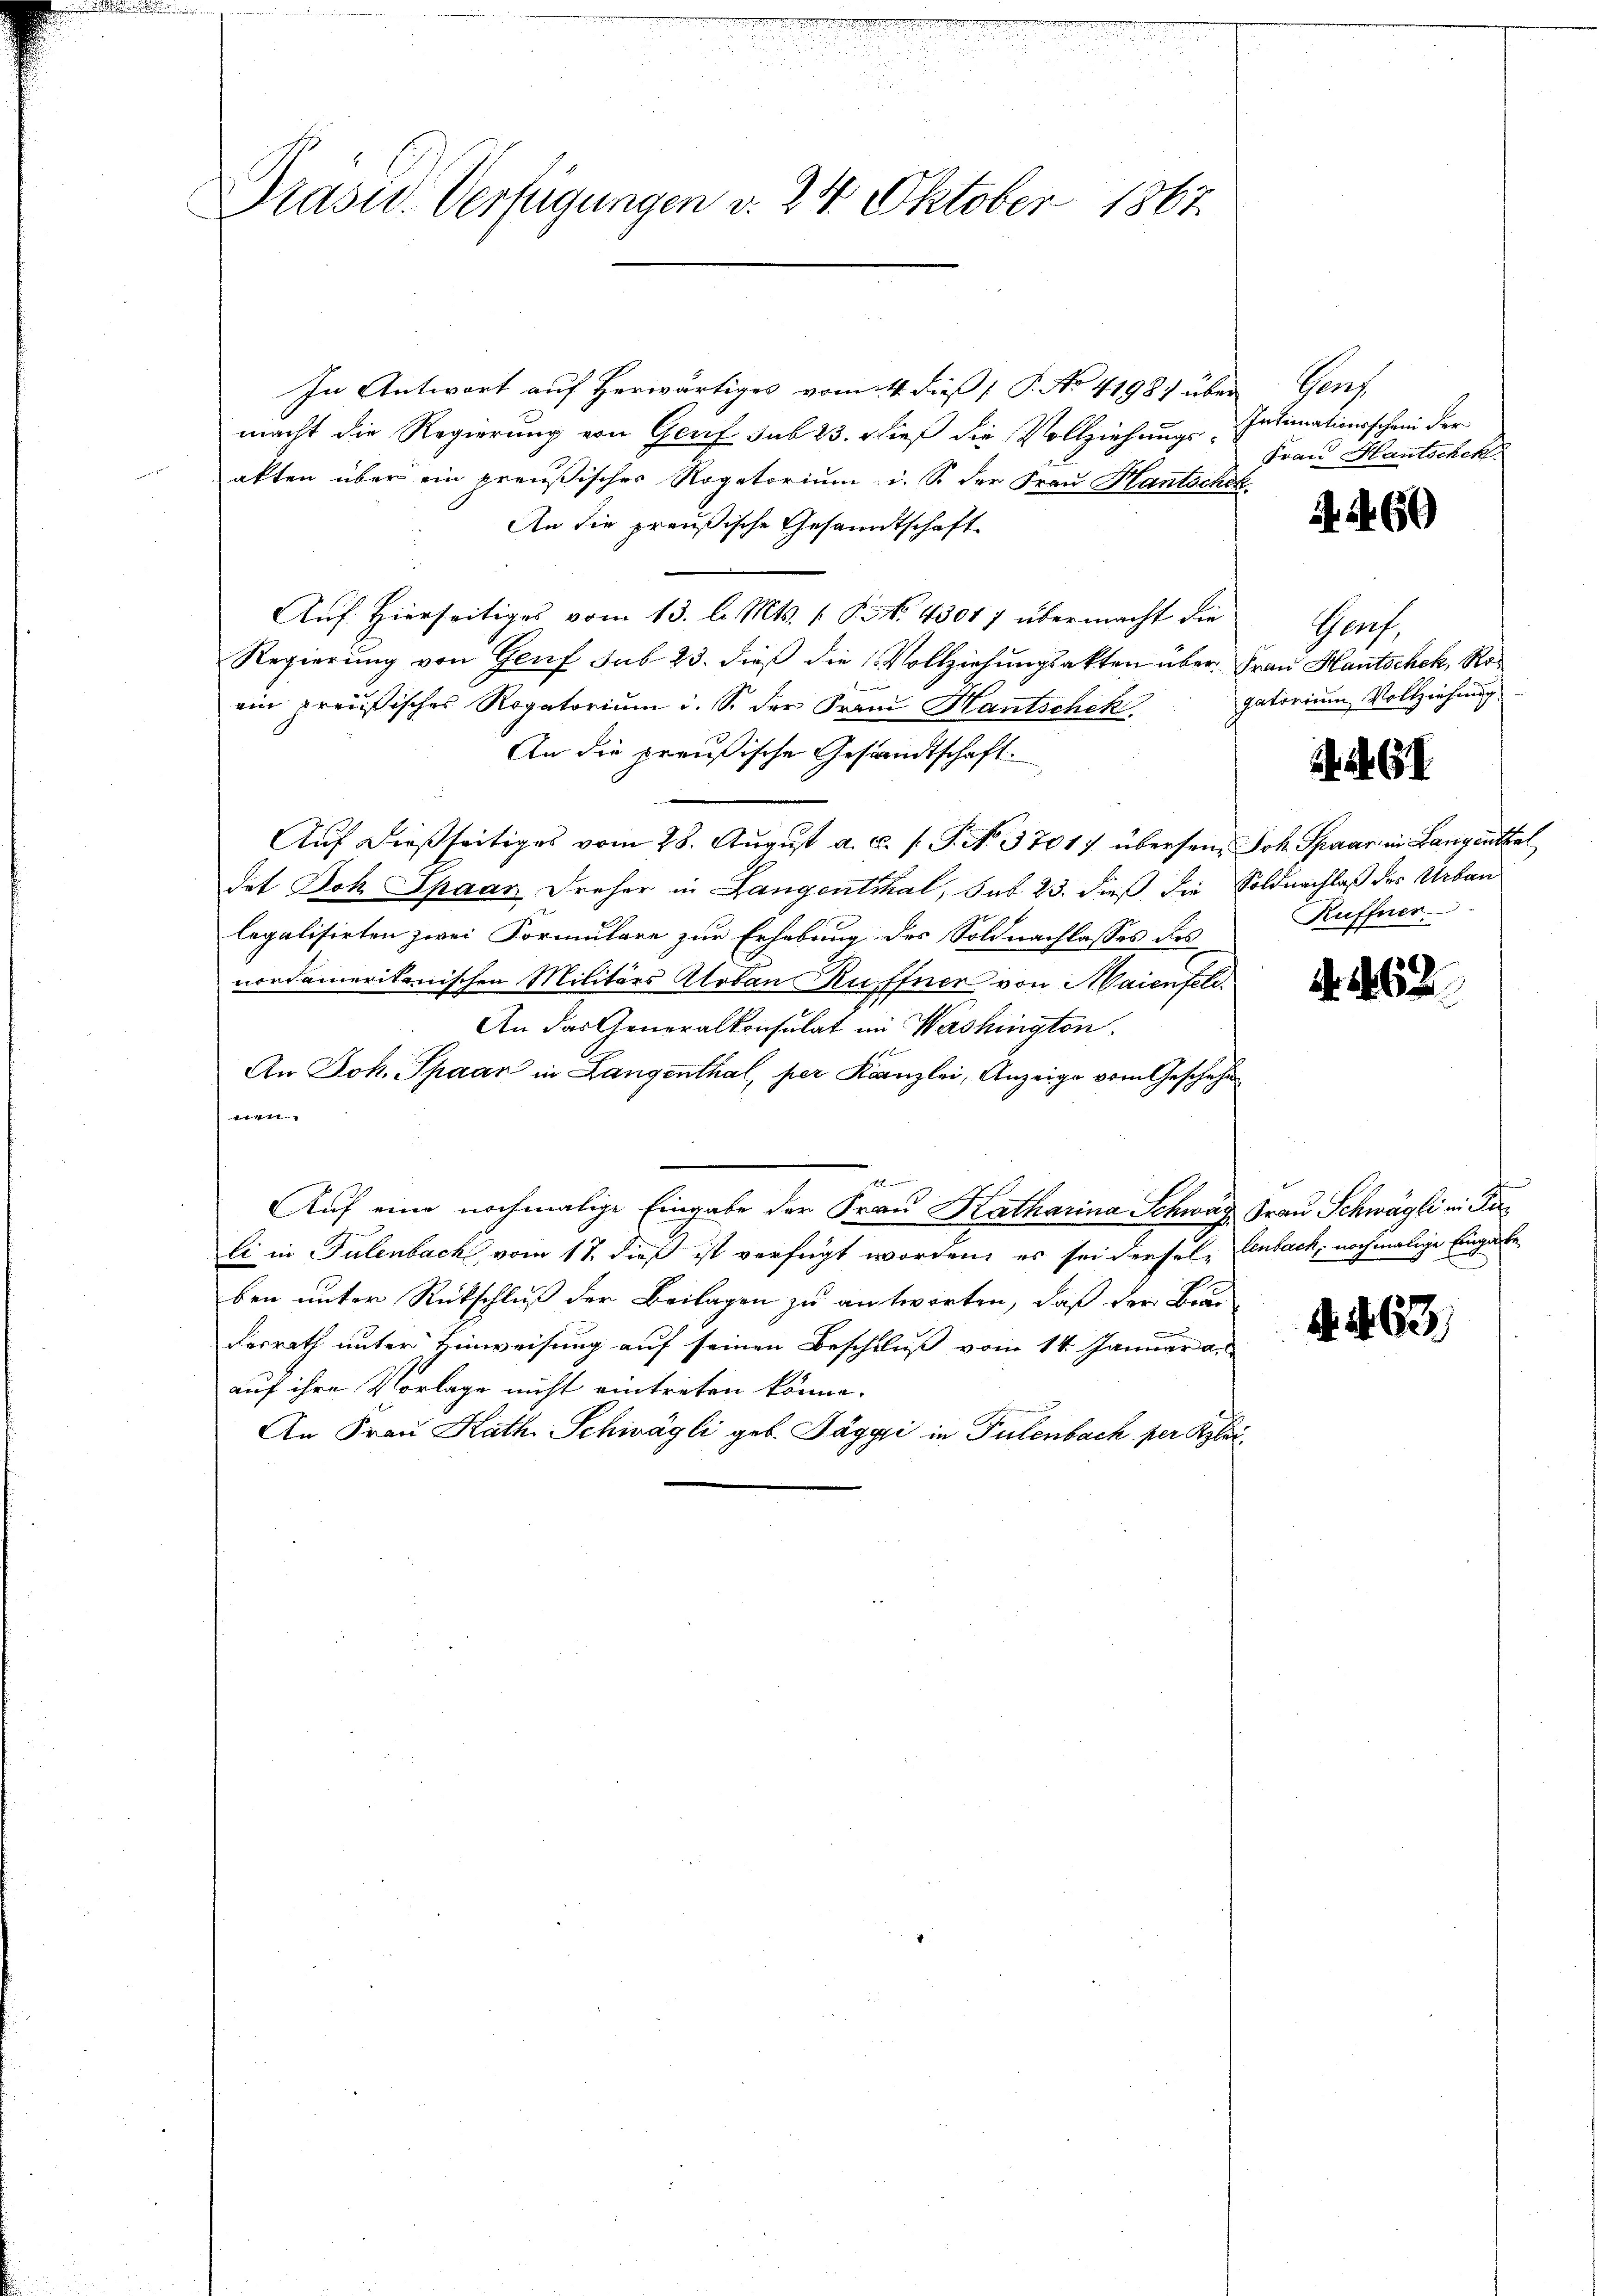
Präsid.. Verfügungen v. 24. Oktober 1867.

In Antwort auf herwärtiges vom 4. dieß P. No 4198) über
macht die Regierung von Genf sub 23. dieß die Vollziehungs-Intimationsschein der
akten über ein preußischer Rogatorium u. So der Frau Hantschek.
An die preußische Gesandtschaft
Auf: Hierseitiges vom 13. l. Mts. f. P. Nr. 43017 übermacht die
Regierung von Genf sub 23. dieß die Vollziehungsakten über Frau Hautschek, Ro
ein preußisches Rogatorium d. S. der Franz Hantschek.
An die preußische Gesandtschaft.
Auf dießseitiges vom 28. August a. c. s. S. No. 3701) übersen, Joh. Spaar in Langenthal
dat Doh Spaar Dreher in Langenthal, sub 23. dieß die Soldnachlaß des Urban
legalisirten zwei Formulare zur Erhebung des Soldnachlasses des
nordamerikanischen Militärs Aloban Kuffner von Maienfeld.
An das Generalkonsulat im Washington
An Joh. Spaar in Langenthal, per Kanzlei, Anzeige vom Geschehe
4
e
Auf eine nochmalige Eingabe der Frau Katharina Schweiz Frau Schwägli in Fuli in Tulenbach vom 17. dieß ist verfügt worden, es sei dersele Aenbach, nochmalige Eingabe
ben unter Rückschluß der Beilagen zu antworten, daß der Bran
desrath unter Hinweisung auf seinen Beschluß vom 14. Januar a.
auf ihre Vorlage nicht eintreten könne.
An Frau Kath. Schwägli geb. Paggi in Fulenbach per Klei

Graf
Frau Hantschek.

4460

Genf,
gatorium Vollziehung

I

Kuffner

. 162.

n
x

463